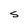
Character: s